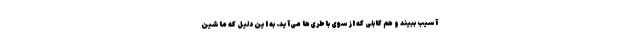
آسیب ببیند و هم کابلی که از سوی باطری‌ها می‌آید. به این دلیل که ماشین